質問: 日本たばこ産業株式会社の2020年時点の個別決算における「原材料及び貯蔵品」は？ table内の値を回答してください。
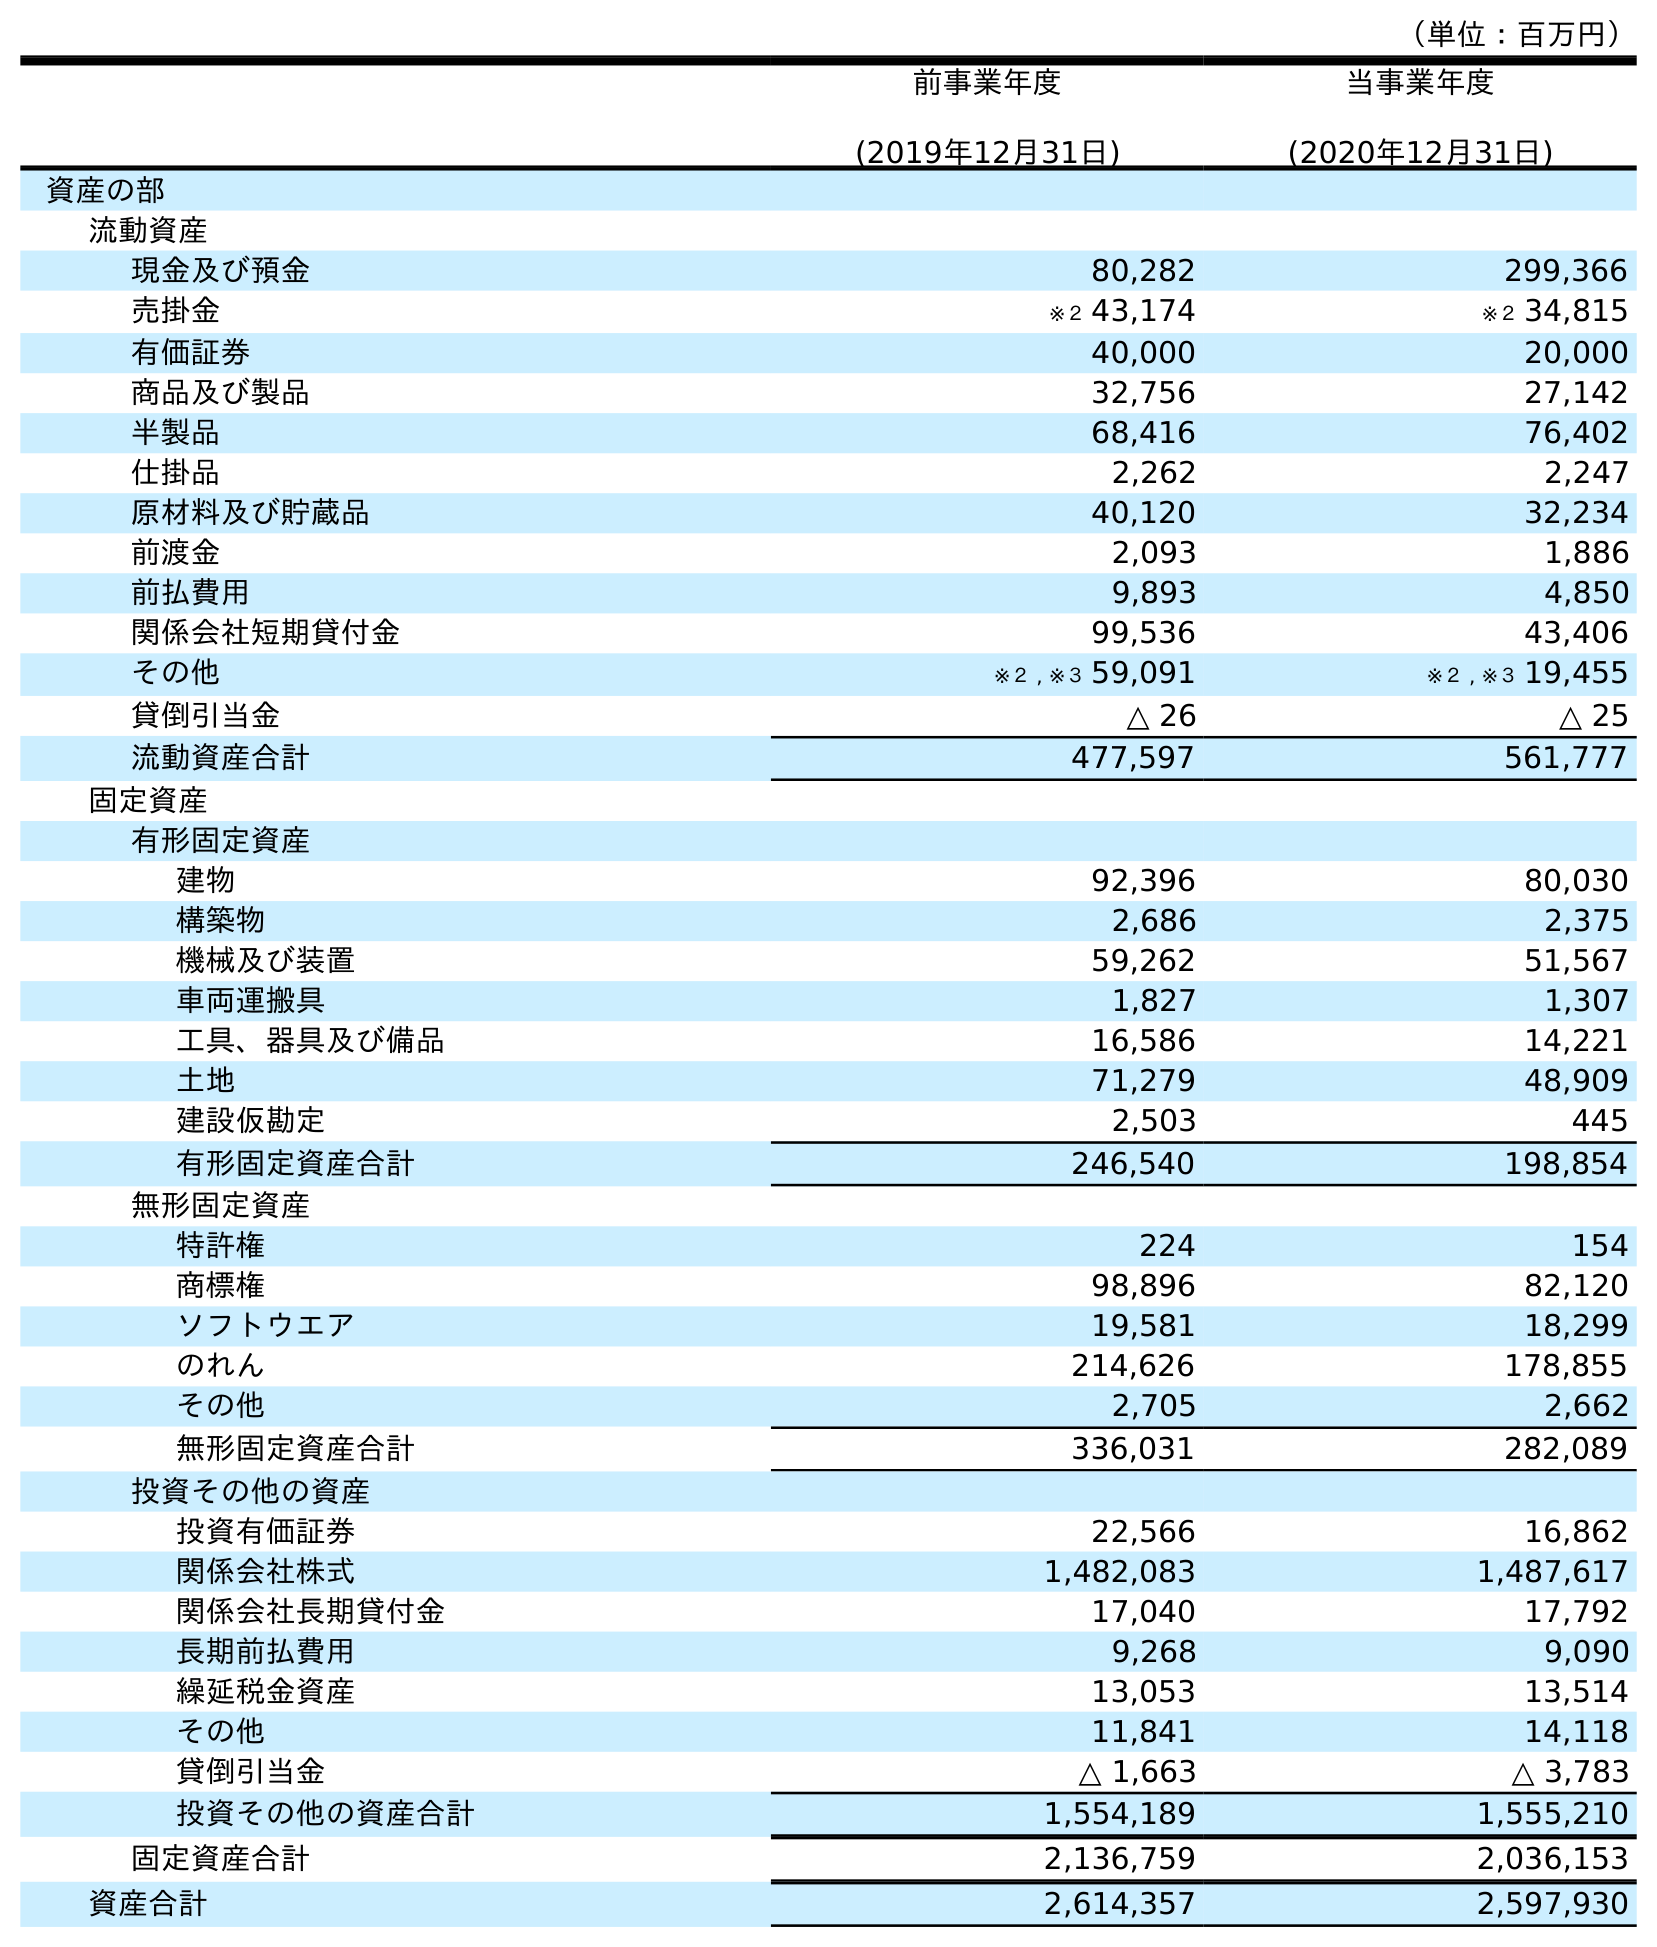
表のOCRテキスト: （単位：百万円） 前事業年度 (2019年12月31日) 当事業年度 (2020年12月31日) 資産の部 流動資産 現金及び預金 80,282 299,366 売掛金 ※２ 43,174 ※２ 34,815 有価証券 40,000 20,000 商品及び製品 32,756 27,142 半製品 68,416 76,402 仕掛品 2,262 2,247 原材料及び貯蔵品 40,120 32,234 前渡金 2,093 1,886 前払費用 9,893 4,850 関係会社短期貸付金 99,536 43,406 その他 ※２ , ※３ 59,091 ※２ , ※３ 19,455 貸倒引当金 △ 26 △ 25 流動資産合計 477,597 561,777 固定資産 有形固定資産 建物 92,396 80,030 構築物 2,686 2,375 機械及び装置 59,262 51,567 車両運搬具 1,827 1,307 工具、器具及び備品 16,586 14,221 土地 71,279 48,909 建設仮勘定 2,503 445 有形固定資産合計 246,540 198,854 無形固定資産 特許権 224 154 商標権 98,896 82,120 ソフトウエア 19,581 18,299 のれん 214,626 178,855 その他 2,705 2,662 無形固定資産合計 336,031 282,089 投資その他の資産 投資有価証券 22,566 16,862 関係会社株式 1,482,083 1,487,617 関係会社長期貸付金 17,040 17,792 長期前払費用 9,268 9,090 繰延税金資産 13,053 13,514 その他 11,841 14,118 貸倒引当金 △ 1,663 △ 3,783 投資その他の資産合計 1,554,189 1,555,210 固定資産合計 2,136,759 2,036,153 資産合計 2,614,357 2,597,930
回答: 32,234